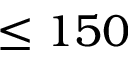
\leq 1 5 0